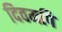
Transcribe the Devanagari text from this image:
दिवमपि